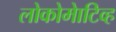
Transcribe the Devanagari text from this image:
लोकोमेाटिव्ह